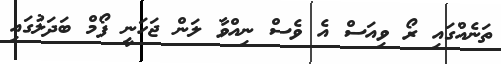
ތަނެއްގައި ރޯ ވިއަސް އެ ވެސް ނިއްވާ ލަން ޖަހަނީ ފޯމް ބަދަލުގައި